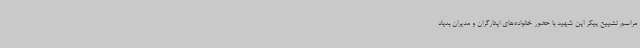
مراسم تشییع پیکر این شهید با حضور خانواده‌های ایثارگران و مدیران بنیاد